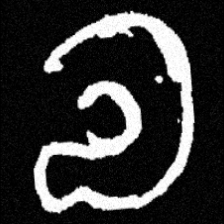
Pyu character \u2014 Myanmar letter: လ (romanized: la)